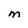
Character: m